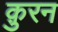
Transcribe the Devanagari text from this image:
क़ुरन